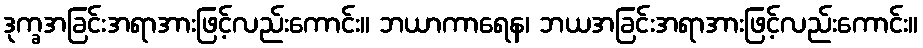
ဒုက္ခအခြင်းအရာအားဖြင့်လည်းကောင်း။ ဘယာကာရေန၊ ဘယအခြင်းအရာအားဖြင့်လည်းကောင်း။